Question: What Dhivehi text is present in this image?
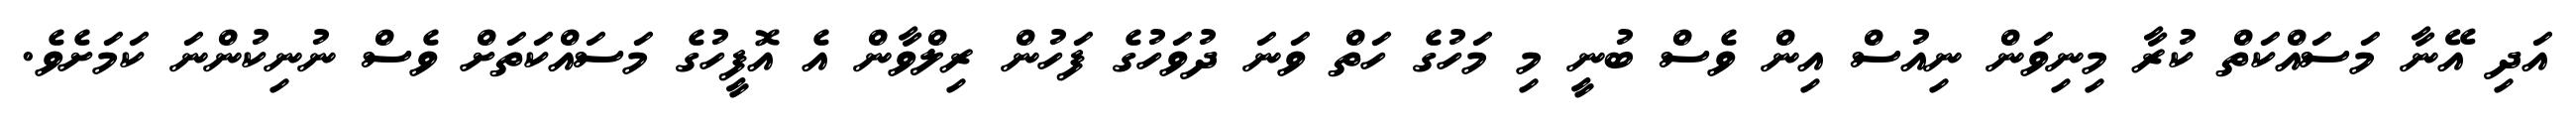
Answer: އަދި އޭނާ މަސައްކަތް ކުރާ މިނިވަން ނިއުސް އިން ވެސް ބުނީ މި މަހުގެ ހަތް ވަނަ ދުވަހުގެ ފަހުން ރިލްވާން އެ އޮފީހުގެ މަސައްކަތަށް ވެސް ނުނިކުންނަ ކަމަށެވެ.